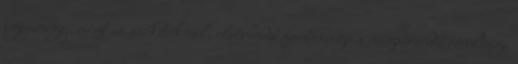
ugyanúgy, mint az aszkétáknál, elsőrendű fontosságú a magasrendű révültségi